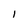
Character: I